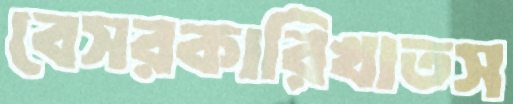
বেসরকারিখাতস